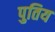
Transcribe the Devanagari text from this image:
पुतिय